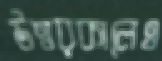
উত্তরকালেও